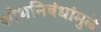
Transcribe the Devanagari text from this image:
शोधनिबंधांमुळे